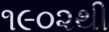
૧૯૦૨થી